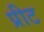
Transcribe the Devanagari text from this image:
प्रीट